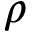
\rho